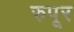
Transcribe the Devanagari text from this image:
रुपूर